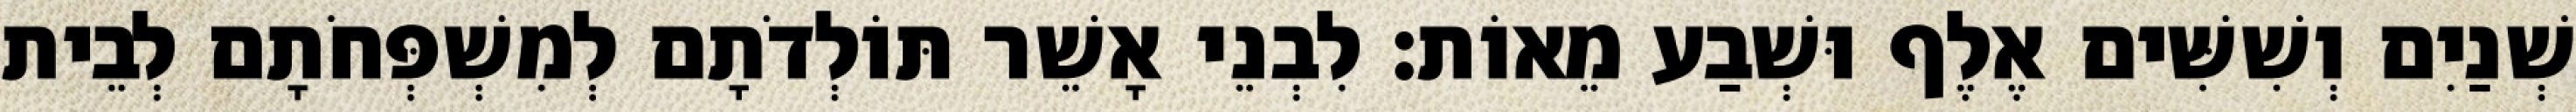
שְׁנַיִם וְשִׁשִּׁים אֶלֶף וּשְׁבַע מֵאוֹת׃ לִבְנֵי אָשֵׁר תּוֹלְדֹתָם לְמִשְׁפְּחֹתָם לְבֵית